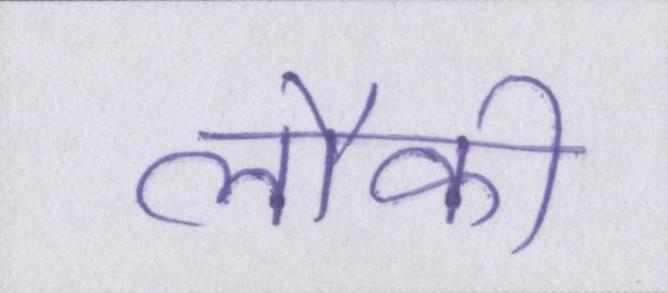
लौकी